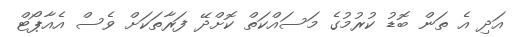
އަދި އެ ތަން ބޮޑު ކުރުމުގެ މަސައްކަތް ކޮށްދޭ ފަރާތަކަށް ވެސް އެއާޕޯޓް